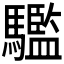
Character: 𩦹